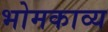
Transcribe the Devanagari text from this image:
भोमकाव्य